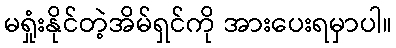
မရှုံးနိုင်တဲ့အိမ်ရှင်ကို အားပေးရမှာပါ။